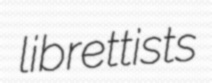
librettists